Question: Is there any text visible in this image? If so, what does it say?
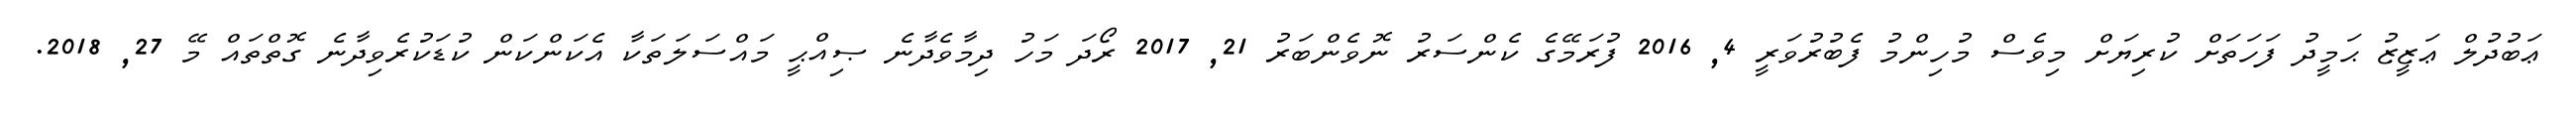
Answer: ޢަބުދުލް ޢަޒީޒު ޙަމީދު ފަހަތަށް ކުރިޔަށް މިވެސް މުހިންމު ފެބުރުވަރީ 4, 2016 ފުރަމޭގެ ކެންސަރު ނޮވެންބަރު 21, 2017 ރޯދަ މަހު ދިމާވެދާނެ ޞިއްޙީ މައްސަލަތަކާ އެކަންކަން ކުޑަކުރެވިދާނެ ގޮތްތައް މޭ 27, 2018.